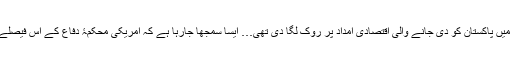
اس کے پہلے امریکہ نے ایف 16 لڑاکا طیاروں کی خریداری میں پاکستان کو دی جانے والی اقتصادی امداد پر روک لگا دی تھی… ایسا سمجھا جارہا ہے کہ امریکی محکمۂ دفاع کے اس فیصلے سے دونوں ممالک کے باہمی تعلقات میں کشیدگی بڑھے گی۔